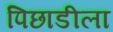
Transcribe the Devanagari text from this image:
पिछाडीला